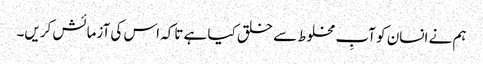
ہم نے انسان کو آبِ مخلوط سے خلق کیا ہے تاکہ اس کی آزمائش کریں۔